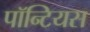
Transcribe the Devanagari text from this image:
पॉन्टियस